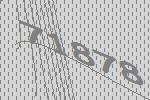
71878